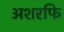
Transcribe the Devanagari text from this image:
अशरफि